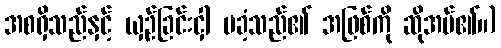
အစရှိသည်နှင့် ယှဉ်ခြင်းငှါ မခံ့သည်၏ အဖြစ်ကို ဆိုအပ်၏။)